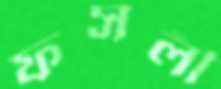
ফসলী